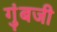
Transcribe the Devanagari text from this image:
गुंबजी